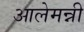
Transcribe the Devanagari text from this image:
आलेमन्नी